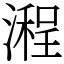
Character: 𣽿